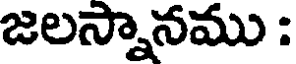
జలస్నానము :